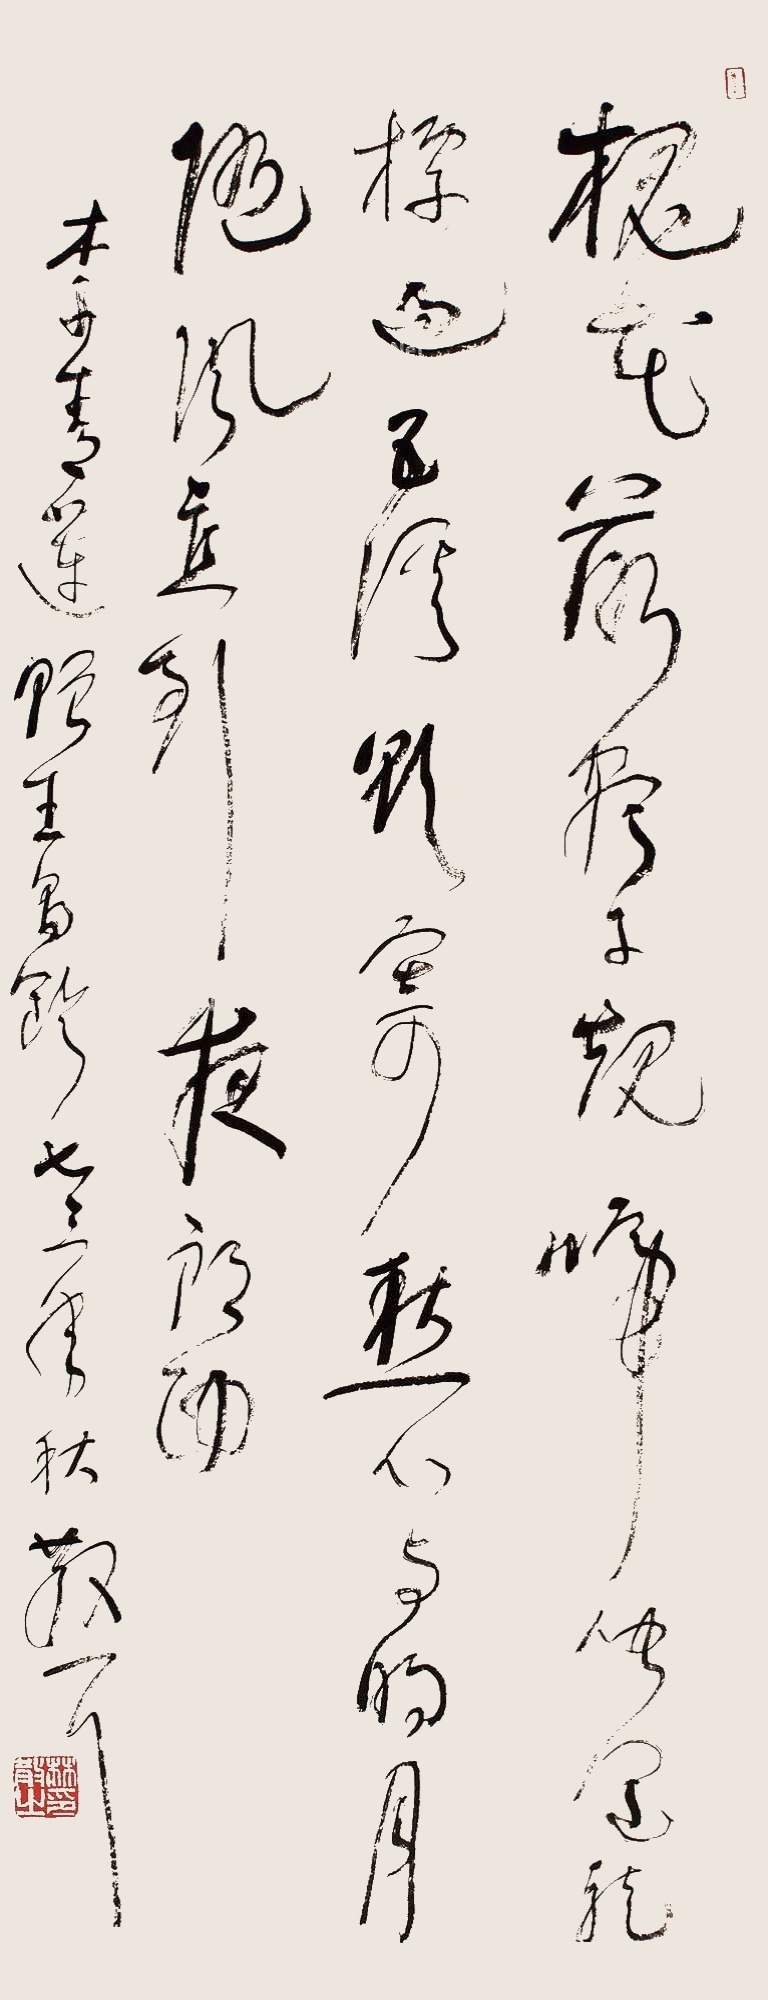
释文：槐花落尽子规啼，闻道龙标过五溪。我寄愁心与明月，随风直到夜郎西。李青莲赠王昌龄，七三年秋，散耳。